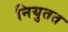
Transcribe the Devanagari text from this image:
नियुतत